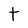
Character: t